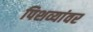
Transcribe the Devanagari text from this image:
पिशव्यांवर